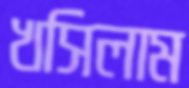
খসিলাম